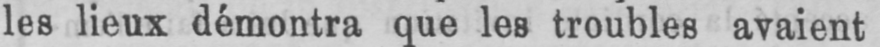
les lieux démontra que les troubles avaient